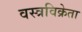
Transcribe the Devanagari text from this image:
वस्त्रविक्रेता